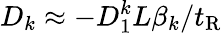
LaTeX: D_{k}\approx-D_{1}^{k}L\beta_{k}/t_{\mathrm{R}}